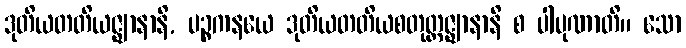
ဒုတိယတတိယဇ္ဈာနာနိ, ပဉ္စကနယေ ဒုတိယတတိယစတုတ္ထဇ္ဈာနာနိ စ ပါပုဏာတိ။ သော